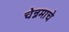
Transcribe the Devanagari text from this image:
चेन्नमाचे